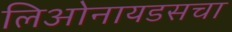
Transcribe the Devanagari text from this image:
लिओनायडसचा